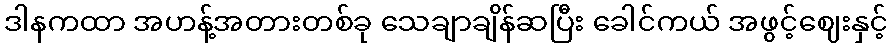
ဒါနကထာ အဟန့်အတားတစ်ခု သေချာချိန်ဆပြီး ခေါင်ကယ် အဖွင့်ဈေးနှင့်